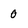
Character: 0